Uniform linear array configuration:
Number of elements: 8
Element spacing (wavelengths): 0.5
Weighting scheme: hann
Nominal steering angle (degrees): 45
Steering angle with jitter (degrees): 46.239
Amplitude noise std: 0.05
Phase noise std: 0.05

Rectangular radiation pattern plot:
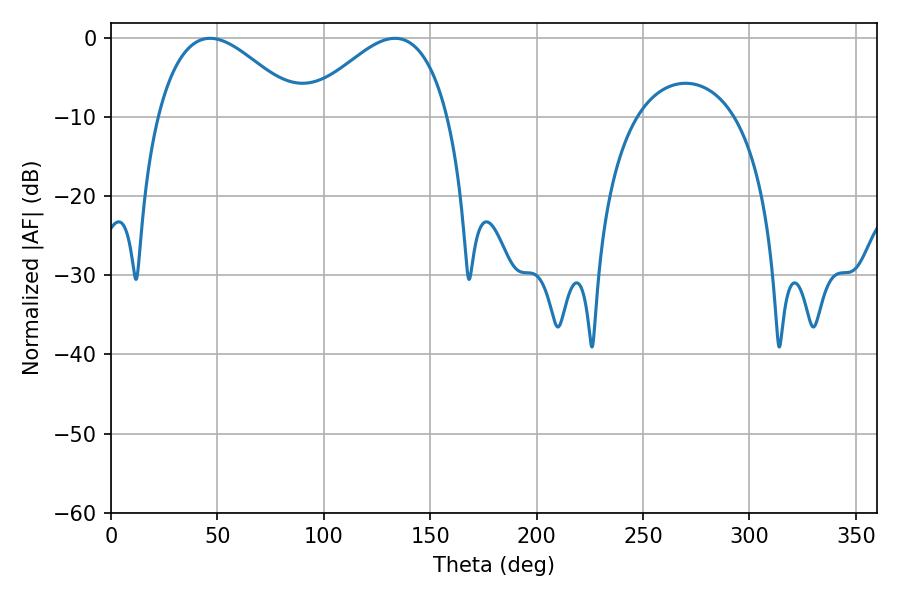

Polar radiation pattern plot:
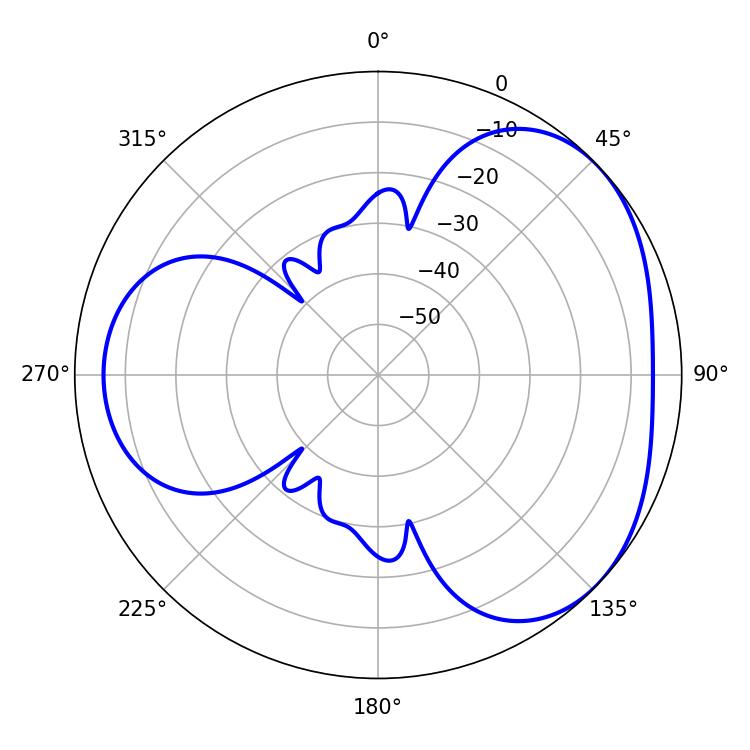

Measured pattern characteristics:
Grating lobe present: FALSE
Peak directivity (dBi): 3.542
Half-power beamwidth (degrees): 36.54
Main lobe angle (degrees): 46.62